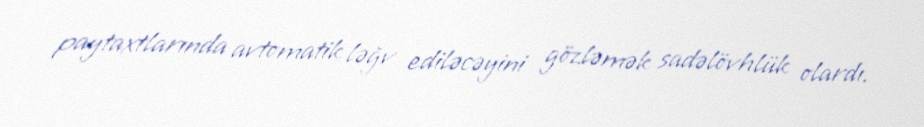
paytaxtlarında avtomatik ləğv ediləcəyini gözləmək sadəlövhlük olardı.